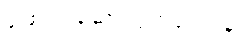
ဖြေရှင်းဆောင်ရွက်ပေးရန်